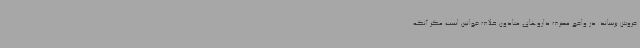
فروش برساند. در واقع مصرف داروهای متادون خلاف قوانین است مگر آنکه